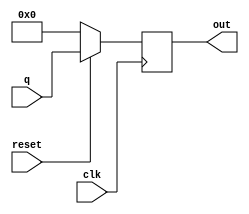
module d_ff2 (q,clk,reset,out);

input [20:0]q;
input clk;
input reset;
output reg [20:0]out;

always@ (posedge clk)
begin
    if(~reset)
    begin
        out <= 21'b0;
    end
    else 
    begin
        out <= q;
    end

end

endmodule